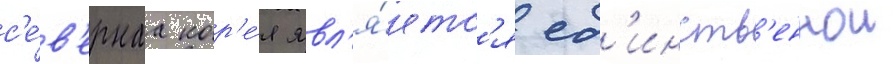
с'е́в'ернаа кор'е́я явл'я́етс'я ед'инств'еннои